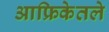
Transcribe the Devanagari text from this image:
आफ्रिकेतले